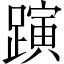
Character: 𨄻